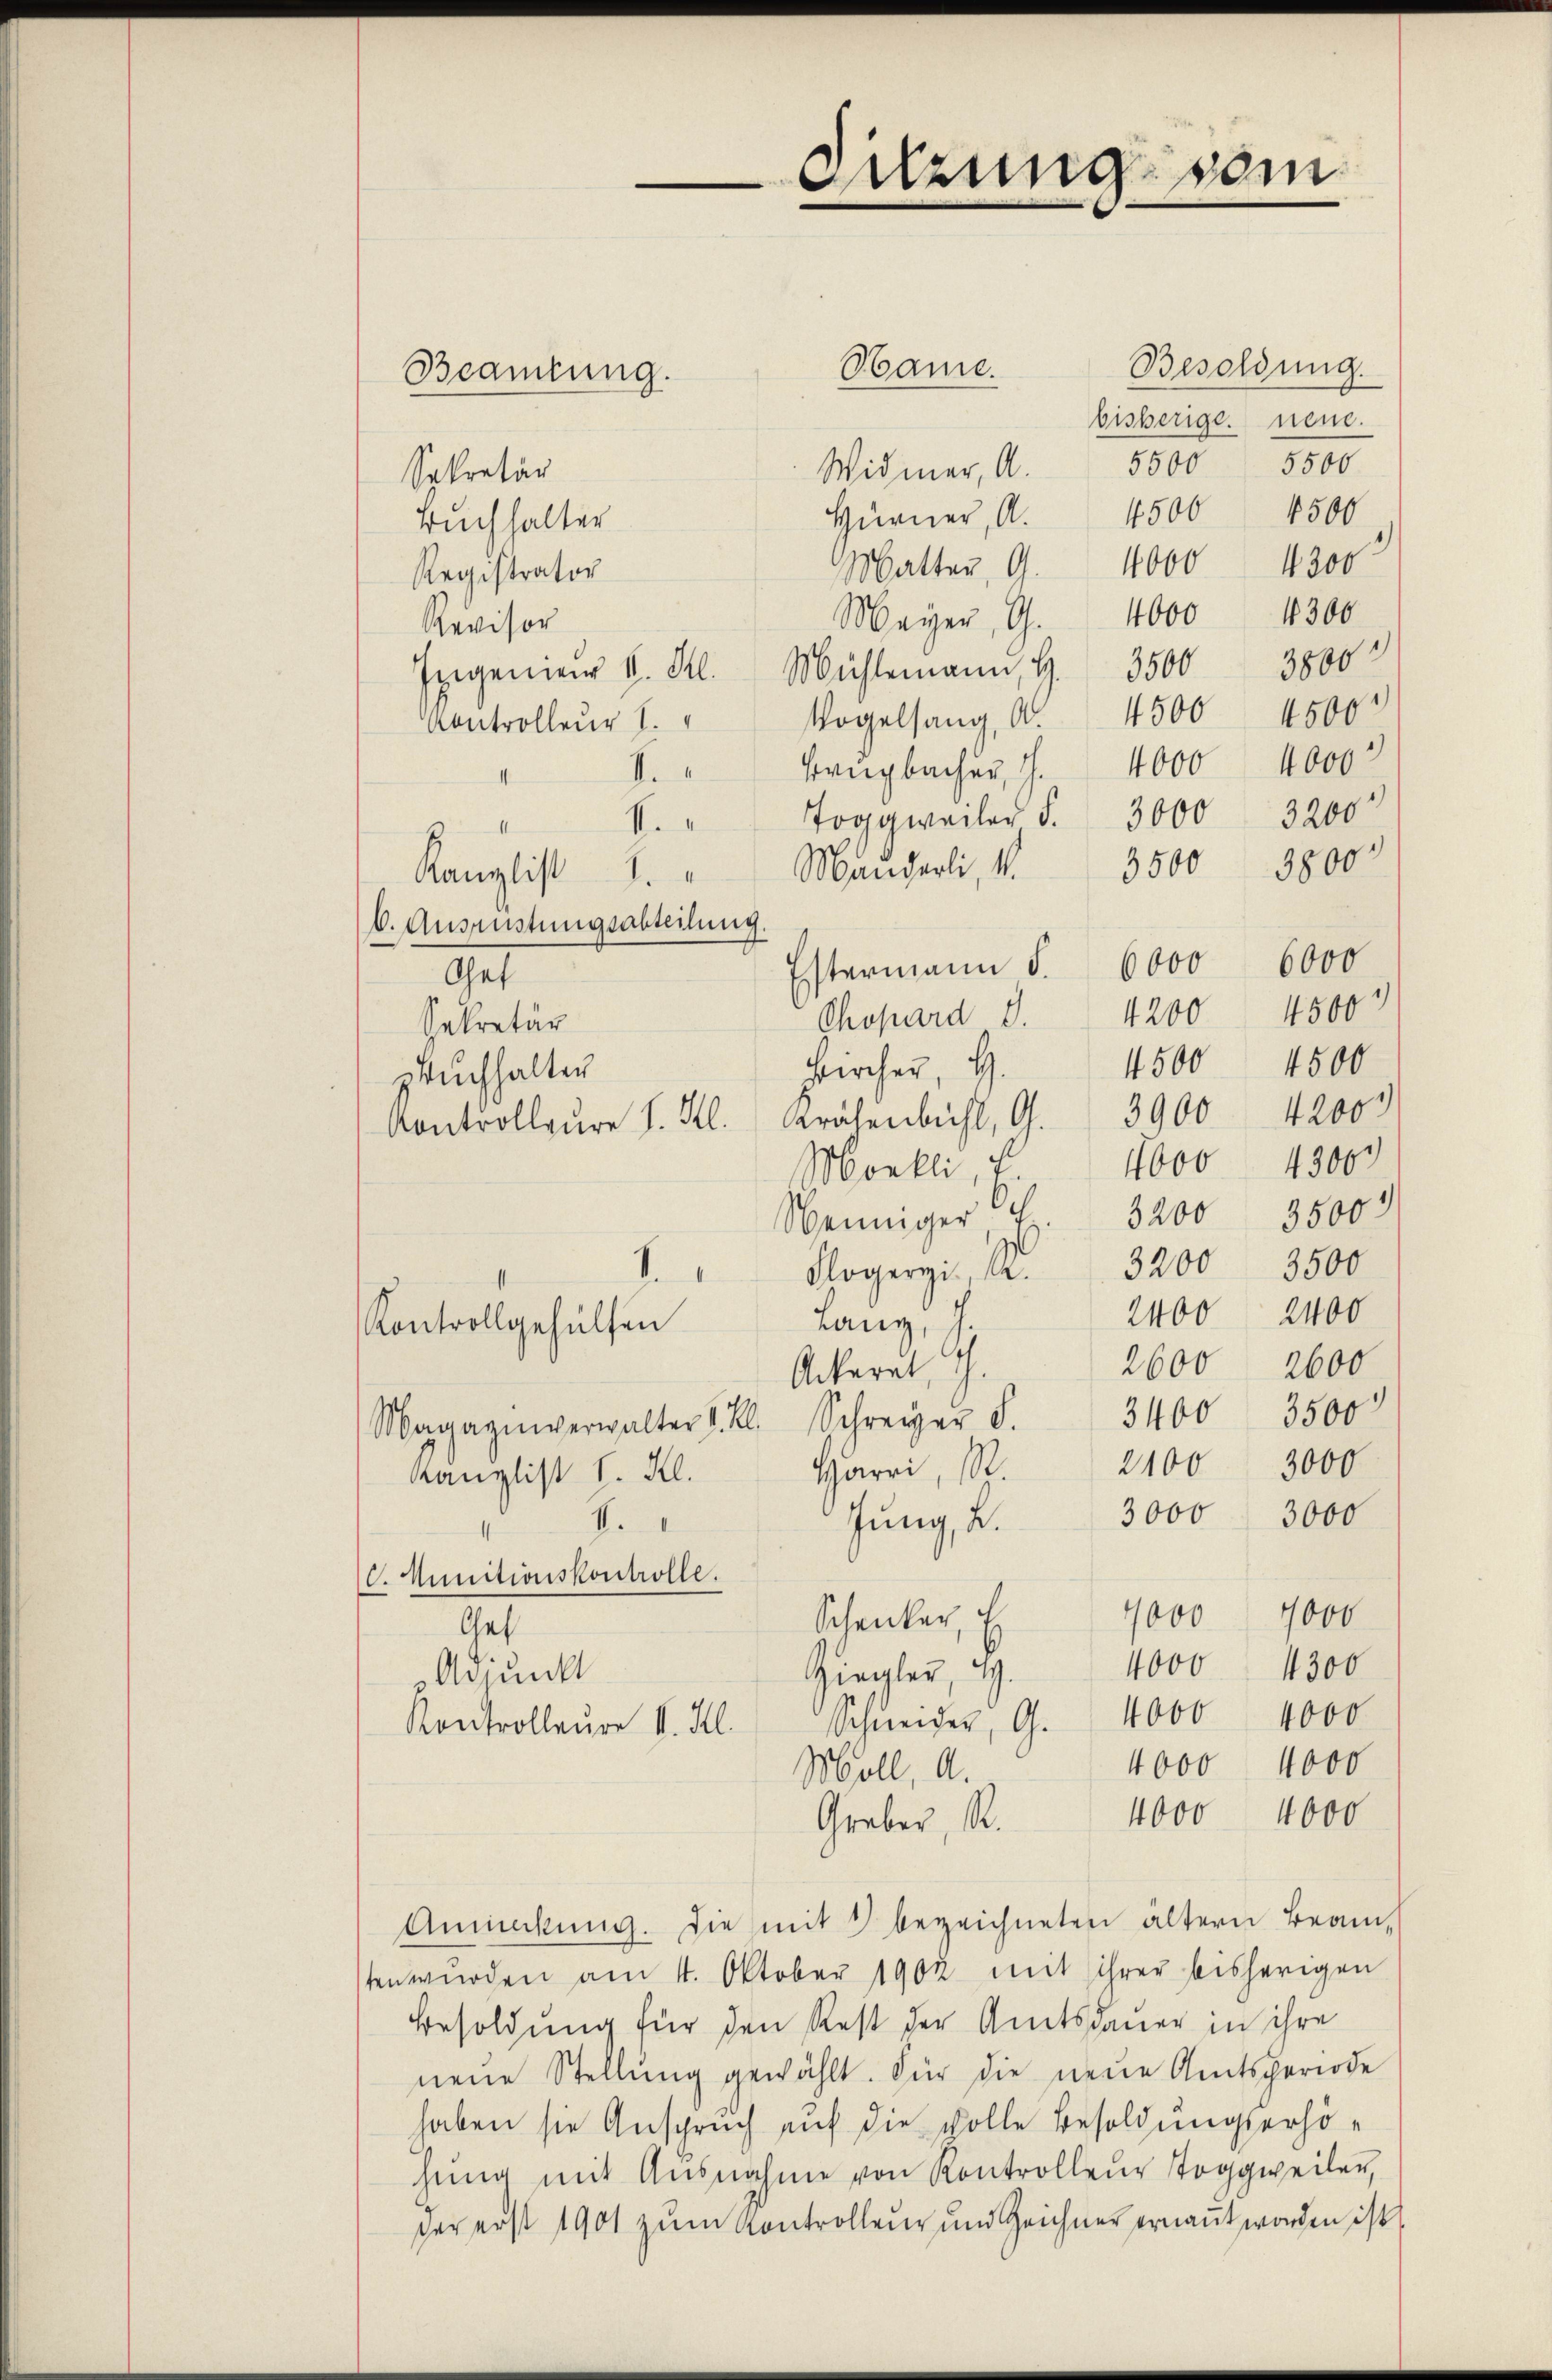
Beamtung.

Sitzung vom

Besoldung.
Hame.
bisherige neue.
Widmer, A. 5500 5500
Sekretär
4500 4500
Hurner, A.
Buchhalter
Matter, 9. 4000 4300
Registrator
Mayer, G. 1000 4300
Revisor
Ingener v. Frl. Mühlemann, S. 3500 3800
Vogelsang, A. 4500 4500
Kontrolleur I.
Bragbacher, S. 4000 4000
.
Toggweiler S. 3000 3200
.
3800
3500
Manderli, V.
Kanzlist
I
6. Ausrüstungsabteilung.
Estermann S. 6000 6000
Get
150
4200
Chopard S.
Sekretär
4500 4500
Kircher, 4.
Buchhalter
Kontrolleure s. Kl. Krähenbühl, G. 3900 4200
4300
4000
Morkli u
3200 3500
Weiniger
I
Floger.  2. 3200 3500
2400 2400
Lang, J.
Kontrollgehülfen
2600 2600
Ackeret, G.
Magazinverwalter 1. Kl. Schreizer S. 3400 3500
2100 3000
Harri, S
Kanglist I. Kl.
3000 3000
Jung, L.
.
. Munitionskontrolle.
7000 1000
Schenker, E
Get
4000
4300
Ziegler, 4.
Adjunkt
4000
Schneider, G. 4000
Kontrolleure II. Kl.
4000 4000
Moll, a.
4000 4000
Graber, R.
Anneckŭng. Die mit 2 bezeichneten ältern Beamten würden am 14. Oktober 1902 mit ihrer bisherigen
Besoldung für den Rest der Amtsdauer in ihre
neue Stellŭng gewählt. Für die neue Amtsperiode
haben sie Anspruch auf die volle Besoldungserhöhŭng mit Ausnahme von Kontrolleŭr Toggweiler,
der erst 1901 zum Kontrolleur und Zeichner ernant worden ist